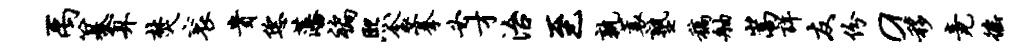
禹纂算焚衮贵恁藩褊熙衾搴必才治至孰蓑塾稿舳嵩详友份a移竟徭